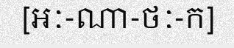
[អៈ-ណា-ថៈ-ក]